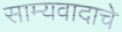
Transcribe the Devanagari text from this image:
साम्यवादाचे